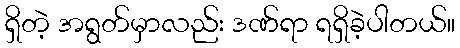
ရှိတဲ့ အရွတ်မှာလည်း ဒဏ်ရာ ရရှိခဲ့ပါတယ်။